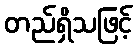
တည်ရှိသဖြင့်